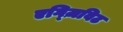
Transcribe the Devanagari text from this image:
एग्ज़िविट